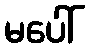
မပေါ်